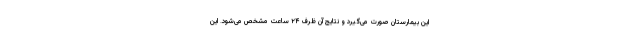
این بیمارستان صورت می‌گیرد و نتایج آن ظرف ۲۴ ساعت مشخص می‌شود. این